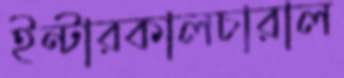
ইন্টারকালচারাল